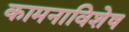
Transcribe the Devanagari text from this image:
कामनाविशेष